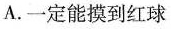
A.一定能摸到红球